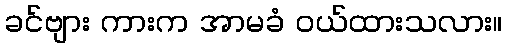
ခင်ဗျား ကားက အာမခံ ဝယ်ထားသလား။